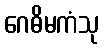
ဂေဓိမကံသု